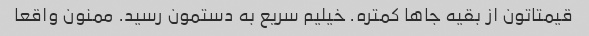
قیمتاتون از بقیه جاها کمتره. خیلیم سریع به دستمون رسید. ممنون واقعا